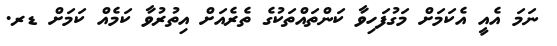
ނަމަ އެއީ އެކަމަށް މަގުފަހިވާ ކަންތައްތަކުގެ ތެރެއަށް އިތުރުވާ ކަމެއް ކަމަށް ޑރ.